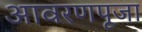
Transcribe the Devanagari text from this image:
आवरणपूजा